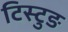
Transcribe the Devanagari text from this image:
टिस्टुङ